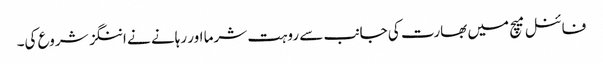
فائنل میچ میں بھارت کی جانب سے روہت شرما اور رہانے نے اننگز شروع کی۔